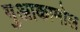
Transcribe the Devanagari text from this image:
गुआकामोल